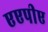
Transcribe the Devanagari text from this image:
एएपीए